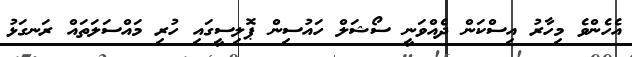
އެހެންވެ މިހާރު އިސްކަން ދެއްވަނީ ސޯޝަލް ހައުސިން ޕޮލިސީގައި ހުރި މައްސަލަތައް ރަނގަޅު